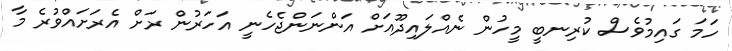
ހަމަ ގައިމުވެސް ކުރިނބީ މީހުން ނެއްލައިދޫއަށް އަންނަންޖެހެނީ އަހަރުން ރަށް އެރަށައްވުރެ މާ